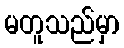
မတူသည်မှာ